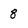
Character: 8